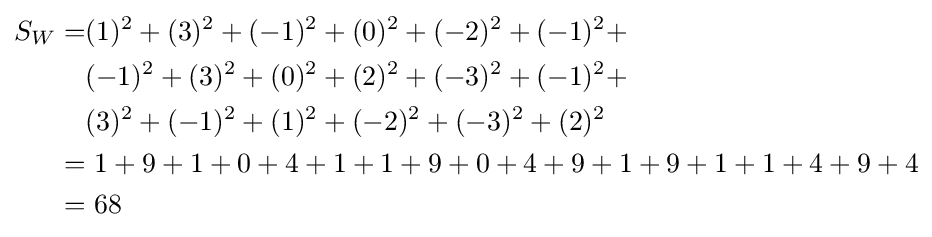
{\begin{aligned}S_{W}=&(1)^{2}+(3)^{2}+(-1)^{2}+(0)^{2}+(-2)^{2}+(-1)^{2}+\\&(-1)^{2}+(3)^{2}+(0)^{2}+(2)^{2}+(-3)^{2}+(-1)^{2}+\\&(3)^{2}+(-1)^{2}+(1)^{2}+(-2)^{2}+(-3)^{2}+(2)^{2}\\=&\ 1+9+1+0+4+1+1+9+0+4+9+1+9+1+1+4+9+4\\=&\ 68\\\end{aligned}}